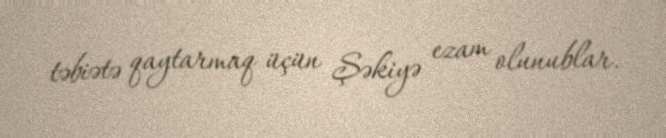
təbiətə qaytarmaq üçün Şəkiyə ezam olunublar.